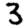
Digit: 3